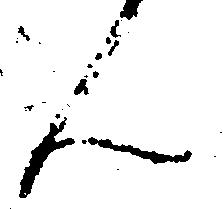
ん